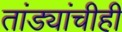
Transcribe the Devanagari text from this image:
तांड्यांचीही